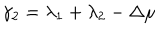
\gamma _ { 2 } = \lambda _ { 1 } + \lambda _ { 2 } - \Delta \mu